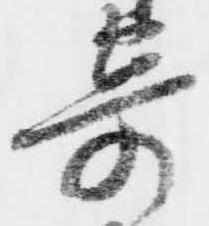
寄